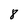
Character: 8